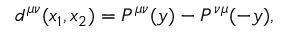
d ^ { \mu \nu } ( x _ { 1 } , x _ { 2 } ) = P ^ { \mu \nu } ( y ) - P ^ { \nu \mu } ( - y ) ,